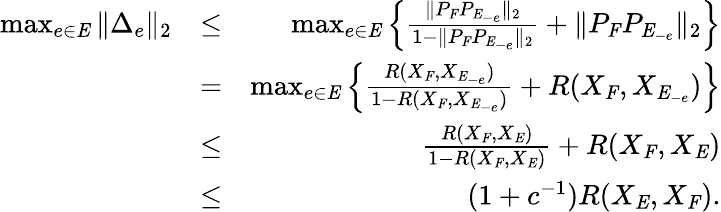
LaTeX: \begin{array}{rlr}{\operatorname*{max}_{e\in\mathit{E}}\| \Delta_{e}\| _{2}}&{\leq}&{\operatorname*{max}_{e\in\mathit{E}}\left\{ \frac{\| P_{\mathit{F}}P_{\mathit{E}_{-e}}\| _{2}}{1-\| P_{\mathit{F}}P_{\mathit{E}_{-e}}\| _{2}}+\| P_{\mathit{F}}P_{\mathit{E}_{-e}}\| _{2}\right\} }\\ &{=}&{\operatorname*{max}_{e\in\mathit{E}}\left\{ \frac{R(X_{\mathit{F}},X_{\mathit{E}_{-e}})}{1-R(X_{\mathit{F}},X_{\mathit{E}_{-e}})}+R(X_{\mathit{F}},X_{\mathit{E}_{-e}})\right\} }\\ &{\leq}&{\frac{R(X_{\mathit{F}},X_{\mathit{E}})}{1-R(X_{\mathit{F}},X_{\mathit{E}})}+R(X_{\mathit{F}},X_{\mathit{E}})}\\ &{\leq}&{(1+c^{-1})R(X_{\mathit{E}},X_{\mathit{F}}).}\end{array}